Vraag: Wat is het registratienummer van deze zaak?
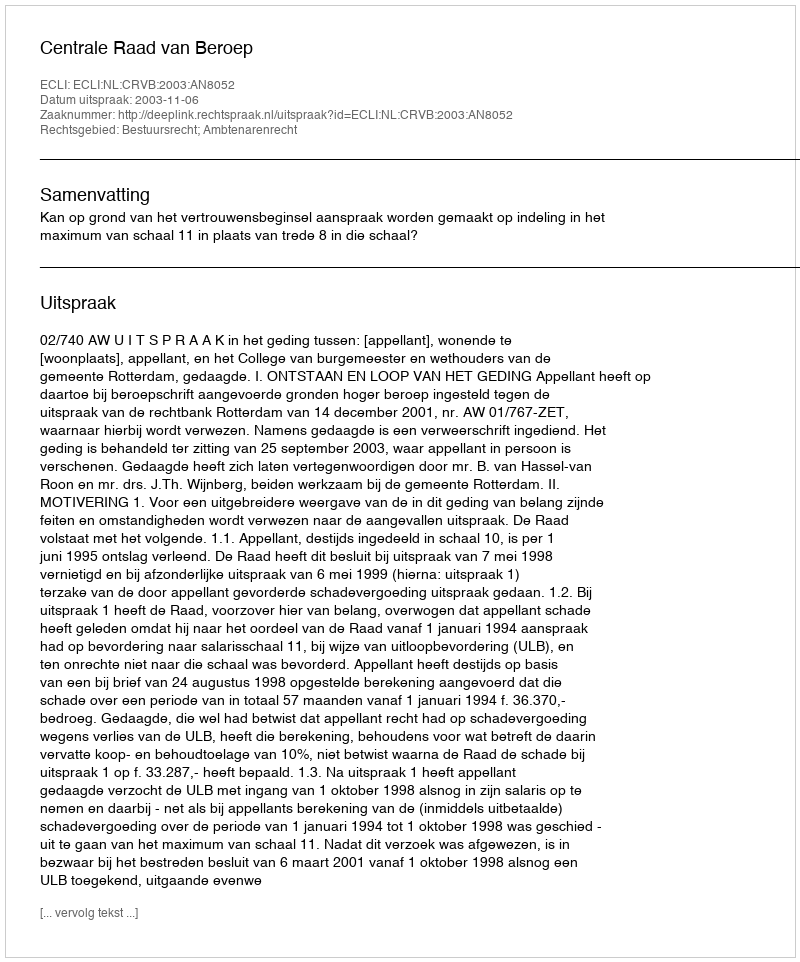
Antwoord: http://deeplink.rechtspraak.nl/uitspraak?id=ECLI:NL:CRVB:2003:AN8052